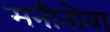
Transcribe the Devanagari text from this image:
मनीतोबा